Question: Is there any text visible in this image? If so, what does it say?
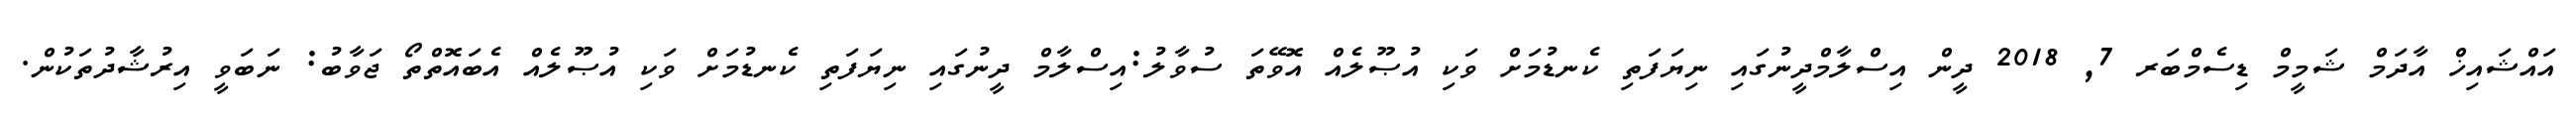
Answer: އައްޝައިޚް އާދަމް ޝަމީމް ޑިސެމްބަރ 7, 2018 ދީން އިސްލާމްދީނުގައި ނިޔަފަތި ކެނޑުމަށް ވަކި އުޞޫލެއް އޮވޭތަ ސުވާލު:އިސްލާމް ދީނުގައި ނިޔަފަތި ކެނޑުމަށް ވަކި އުޞޫލެއް އެބައޮތްތޯ ޖަވާބު: ނަބަވީ އިރުޝާދުތަކުން.